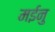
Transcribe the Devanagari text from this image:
मईनु